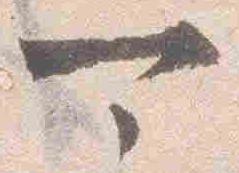
可